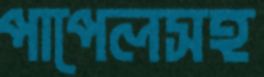
পাপেলসহ